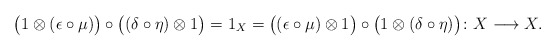
\begin{align*} \big(1 \otimes (\epsilon \circ \mu)\big) \circ \big((\delta \circ \eta) \otimes 1\big) = 1_X = \big((\epsilon \circ \mu) \otimes 1\big) \circ \big(1 \otimes (\delta \circ \eta)\big)\colon X \longrightarrow X.\end{align*}